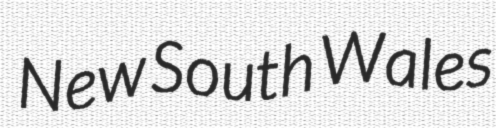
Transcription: New South Wales